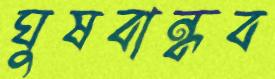
ঘুষবান্ধব